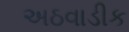
અઠવાડીક